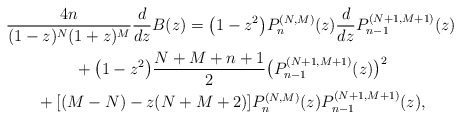
\begin{gather*} \frac{4n}{(1-z) ^{N}(1+z) ^{M}}\frac{d}{dz}B ( z ) = \big( 1-z^{2}\big) P_{n}^{(N,M) }(z) \frac{d}{dz}P_{n-1}^{(N+1,M+1) }(z) \\ {}+\big( 1-z^{2}\big) \frac{N+M+n+1}{2}\big( P_{n-1}^{( N+1,M+1) }(z) \big) ^{2} \\ {}+ [ (M-N)-z ( N+M+2 ) ] P_{n}^{(N,M) }(z) P_{n-1}^{(N+1,M+1) }(z) ,\end{gather*}